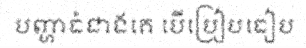
បញ្ហាធំជាងគេ បើប្រៀបធៀប